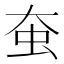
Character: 𧈹